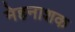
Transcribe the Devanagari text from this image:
मेहनाशक